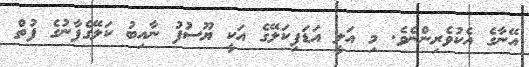
އޭނާގެ އެކުވެރިންނެވެ. މި އަލީ އަޑަފިކަލޭގެ އަކީ ޔޫސުފު ނާއިބު ކަލޭގެފާނުގެ ފުތް